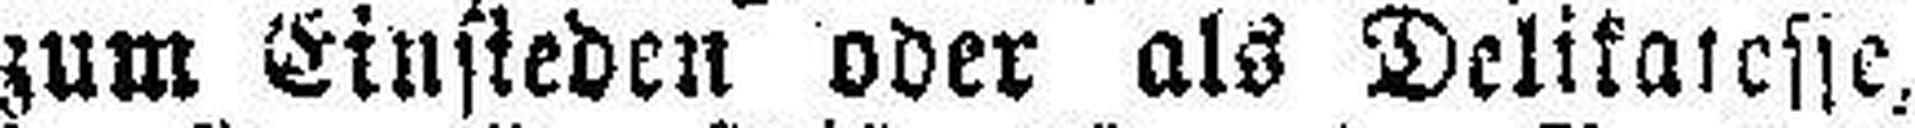
zum Einsieden oder als Delikatesse,